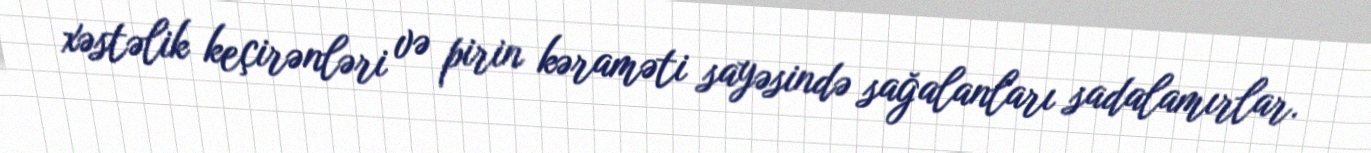
xəstəlik keçirənləri və pirin kəraməti sayəsində sağalanları sadalamırlar.